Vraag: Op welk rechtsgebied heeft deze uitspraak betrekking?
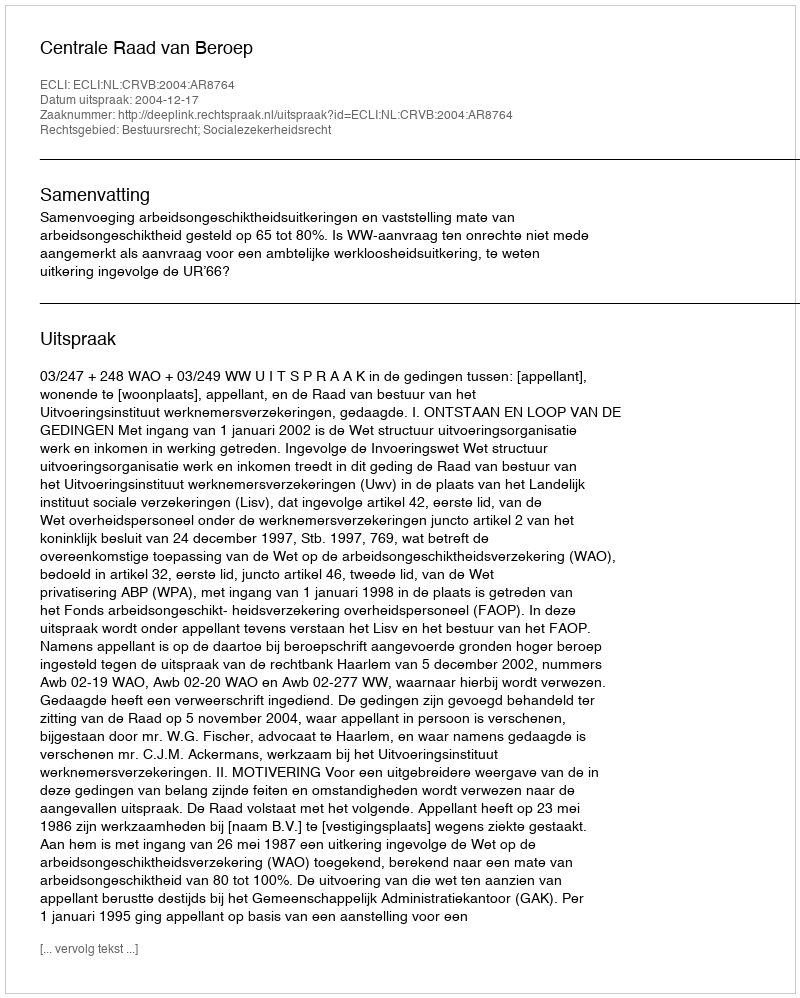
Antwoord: Bestuursrecht; Socialezekerheidsrecht